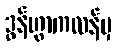
ဒွန်ဟွာကလန်မှ